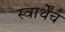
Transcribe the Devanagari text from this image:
स्वार्थेंच